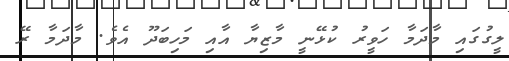
ލީގުގައި މާދަމާ ހަވީރު ކުޅޭނީ މާޒިޔާ އާއި މަހިބަދޫ އެވެ. މާދަމާ ރޭ